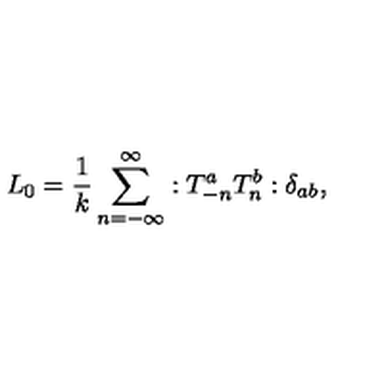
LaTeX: L _ { 0 } = \frac { 1 } { k } \sum _ { n = - \infty } ^ { \infty } : T _ { - n } ^ { a } T _ { n } ^ { b } : \delta _ { a b } ,